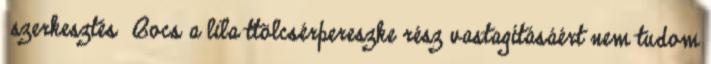
szerkesztés Bocs a lila ttölcsérpereszke rész vastagításáért nem tudom